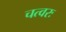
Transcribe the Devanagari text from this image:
चत्वरः